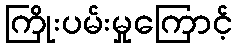
ကြိုးပမ်းမှုကြောင့်